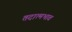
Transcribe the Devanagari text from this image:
तदात्मभाव